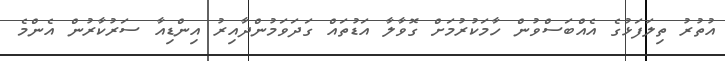
އުތުރު ތިލަފަޅުގެ އެއްބަސްވުން ހާމަކުރުމަށް ގޮވާލާ އަޑުތައް ގަދަވަމުންދާއިރު އިންޑިއާ ސަރުކާރުން އެންމެ